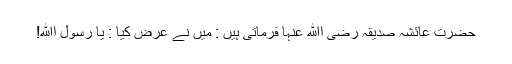
حضرت عائشہ صدیقہ رضی اﷲ عنہا فرماتی ہیں : میں نے عرض کیا : یا رسول اﷲ!